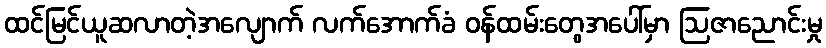
ထင်မြင်ယူဆလာတဲ့အလျောက် လက်အောက်ခံ ဝန်ထမ်းတွေအပေါ်မှာ ဩဇာညောင်းမှု